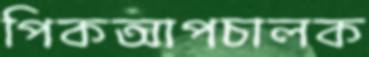
পিকআপচালক